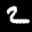
Label: 2